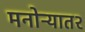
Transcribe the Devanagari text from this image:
मनोऱ्यात२